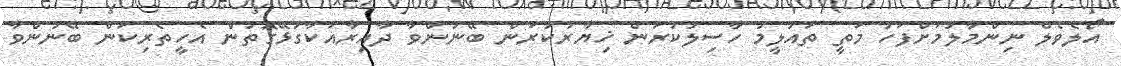
އޯލެވެލް ނިންމާލުމަށްފަހު މަތީ ތައުލީމު ހާސިލުކުރަން ޚިޔާރުކުރަން ބޭނުންވާ ދާއިރާއަކާގުޅޭގޮތުން އެހީތެރިކަން ބޭނުންވާ